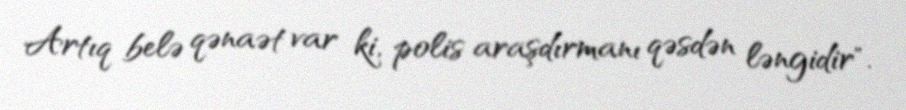
Artıq belə qənaət var ki, polis araşdırmanı qəsdən ləngidir".